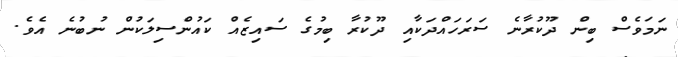
ނަމަވެސް ބިން ދޫކުރާނެ ސަރަހައްދަކާއި ދޫކުރާ ބިމުގެ ސައިޒެއް ކައުންސިލަކުން ނުބުނެ އެވެ.